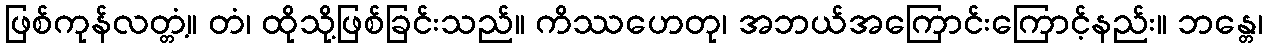
ဖြစ်ကုန်လတ္တံ့။ တံ၊ ထိုသို့ဖြစ်ခြင်းသည်။ ကိဿဟေတု၊ အဘယ်အကြောင်းကြောင့်နည်း။ ဘန္တေ၊